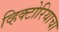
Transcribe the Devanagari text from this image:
व्हिक्टोरियाचा